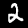
Digit: 2